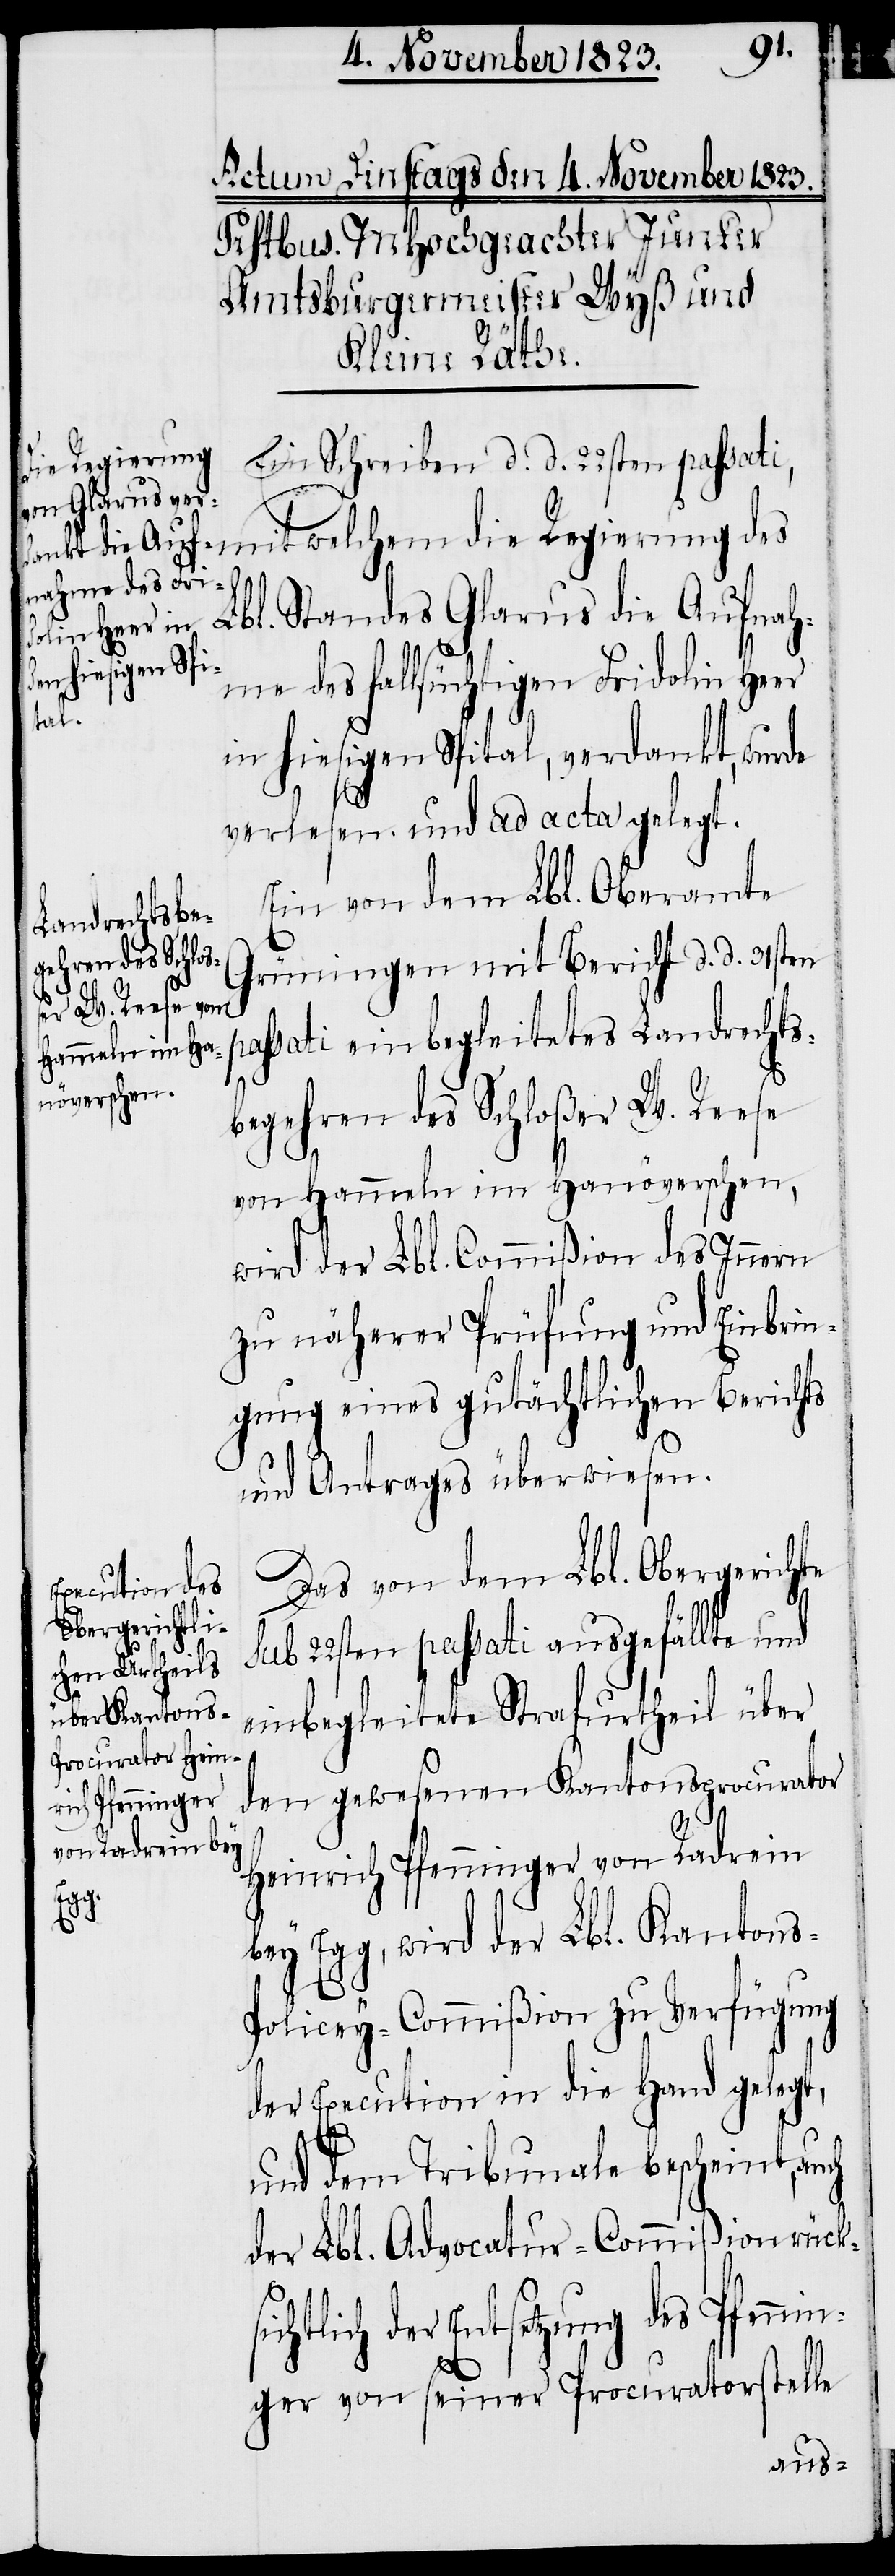
Ein Schreiben d. d. 22sten passati,
mit welchem die Regierung des
Lbl. Standes Glarus die Aufnah¬
me des fallsüchtigen Fridolin Heer
pa¬
in hiesigen Spital, verdankt, wurde
verlesen und ad acta gelegt.
Ein von dem Lbl. Oberamte
Grüningen mit Bericht d. d. 31sten
ssati einbegleitetes Landrechts¬
begehren des Schloßer W. Reese
von Hammeln im Hanöverschen,
wird der Lbl. Commißion des Innern
zu näherer Prüfung und Einbrin¬
gung eines gutächtlichen Berichts
und Antrages überwiesen.
Das von dem Lbl. Obergerichte
sub 22sten passati ausgefällte und
einbegleitete Strafurtheil über
den gewesenen Kantonsprocurator
Heinrich Pfenninger von Radrein
bey Egg, wird der Lbl. Kanton¬
s-Policey-Commißion zu Verfügung
der Execution in die Hand gelegt,
und dem Tribunale bescheint, auch
der Lbl. Advocatur-Commißion rücks¬
ichtlich der Entsetzung des Pfennin¬
ger von seiner Procuratorstelle